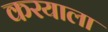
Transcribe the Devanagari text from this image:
करयाला